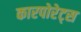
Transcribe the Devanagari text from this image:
कारपोरेट्स